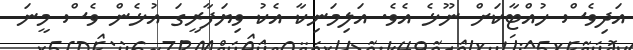
އަދިވެސް ހުއްޓާކަށް ނޫޅެ އެވެ. އަލިމަނިކާ އެކު ވިޔަފާރީގަ އުޅެން ވެސް މީނަ